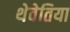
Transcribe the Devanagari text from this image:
थेवेतिया